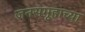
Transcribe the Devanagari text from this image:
जनसमूहाच्‍या